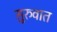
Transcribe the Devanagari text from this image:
सु्रुवात